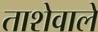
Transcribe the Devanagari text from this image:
ताशेवाले